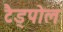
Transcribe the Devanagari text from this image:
टैड्पोल